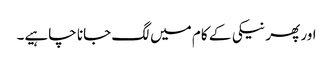
اور پھر نیکی کے کام میں لگ جانا چاہیے۔